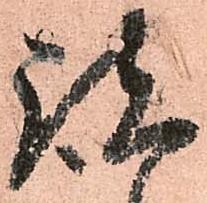
諸